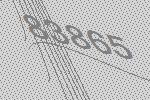
83865